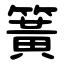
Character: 簧